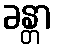
ခန္တာ